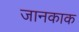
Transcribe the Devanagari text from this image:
जानकाक